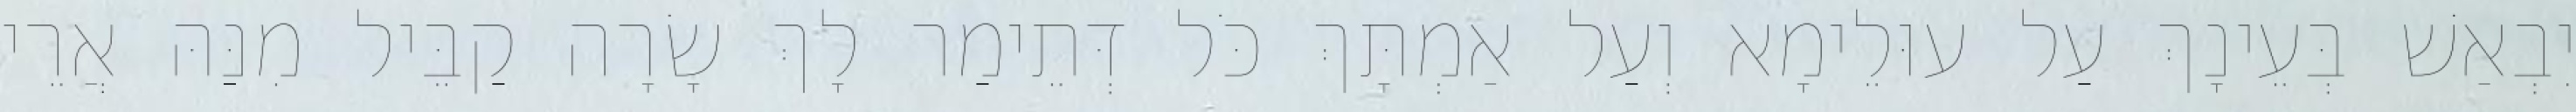
יִבְאַשׁ בְּעֵינָךְ עַל עוּלֵימָא וְעַל אַמְתָּךְ כֹּל דְּתֵימַר לָךְ שָׂרָה קַבֵּיל מִנַּהּ אֲרֵי